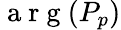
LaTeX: \mathrm{~a~r~g~}(P_{p})